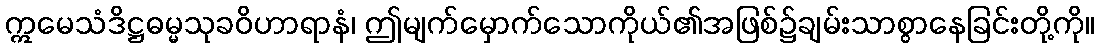
ဣမေသံဒိဋ္ဌဓမ္မသုခဝိဟာရာနံ၊ ဤမျက်မှောက်သောကိုယ်၏အဖြစ်၌ချမ်းသာစွာနေခြင်းတို့ကို။